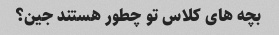
بچه های کلاس تو چطور هستند جین؟